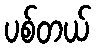
ပစ်တယ်